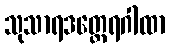
သုသာရဒတ္ထေရဂါထာ